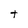
Character: t